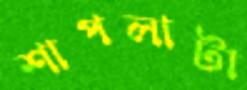
শাপলাটা